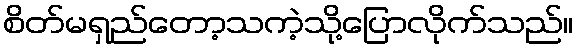
စိတ်မရှည်တော့သကဲ့သို့ပြောလိုက်သည်။